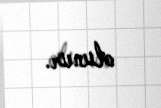
olunur.